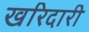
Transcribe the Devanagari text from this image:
खरिदारी